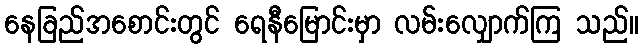
နေခြည်အစောင်းတွင် ရေနီမြောင်းမှာ လမ်းလျှောက်ကြ သည်။